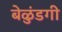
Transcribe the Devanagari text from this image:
बेळुंडगी